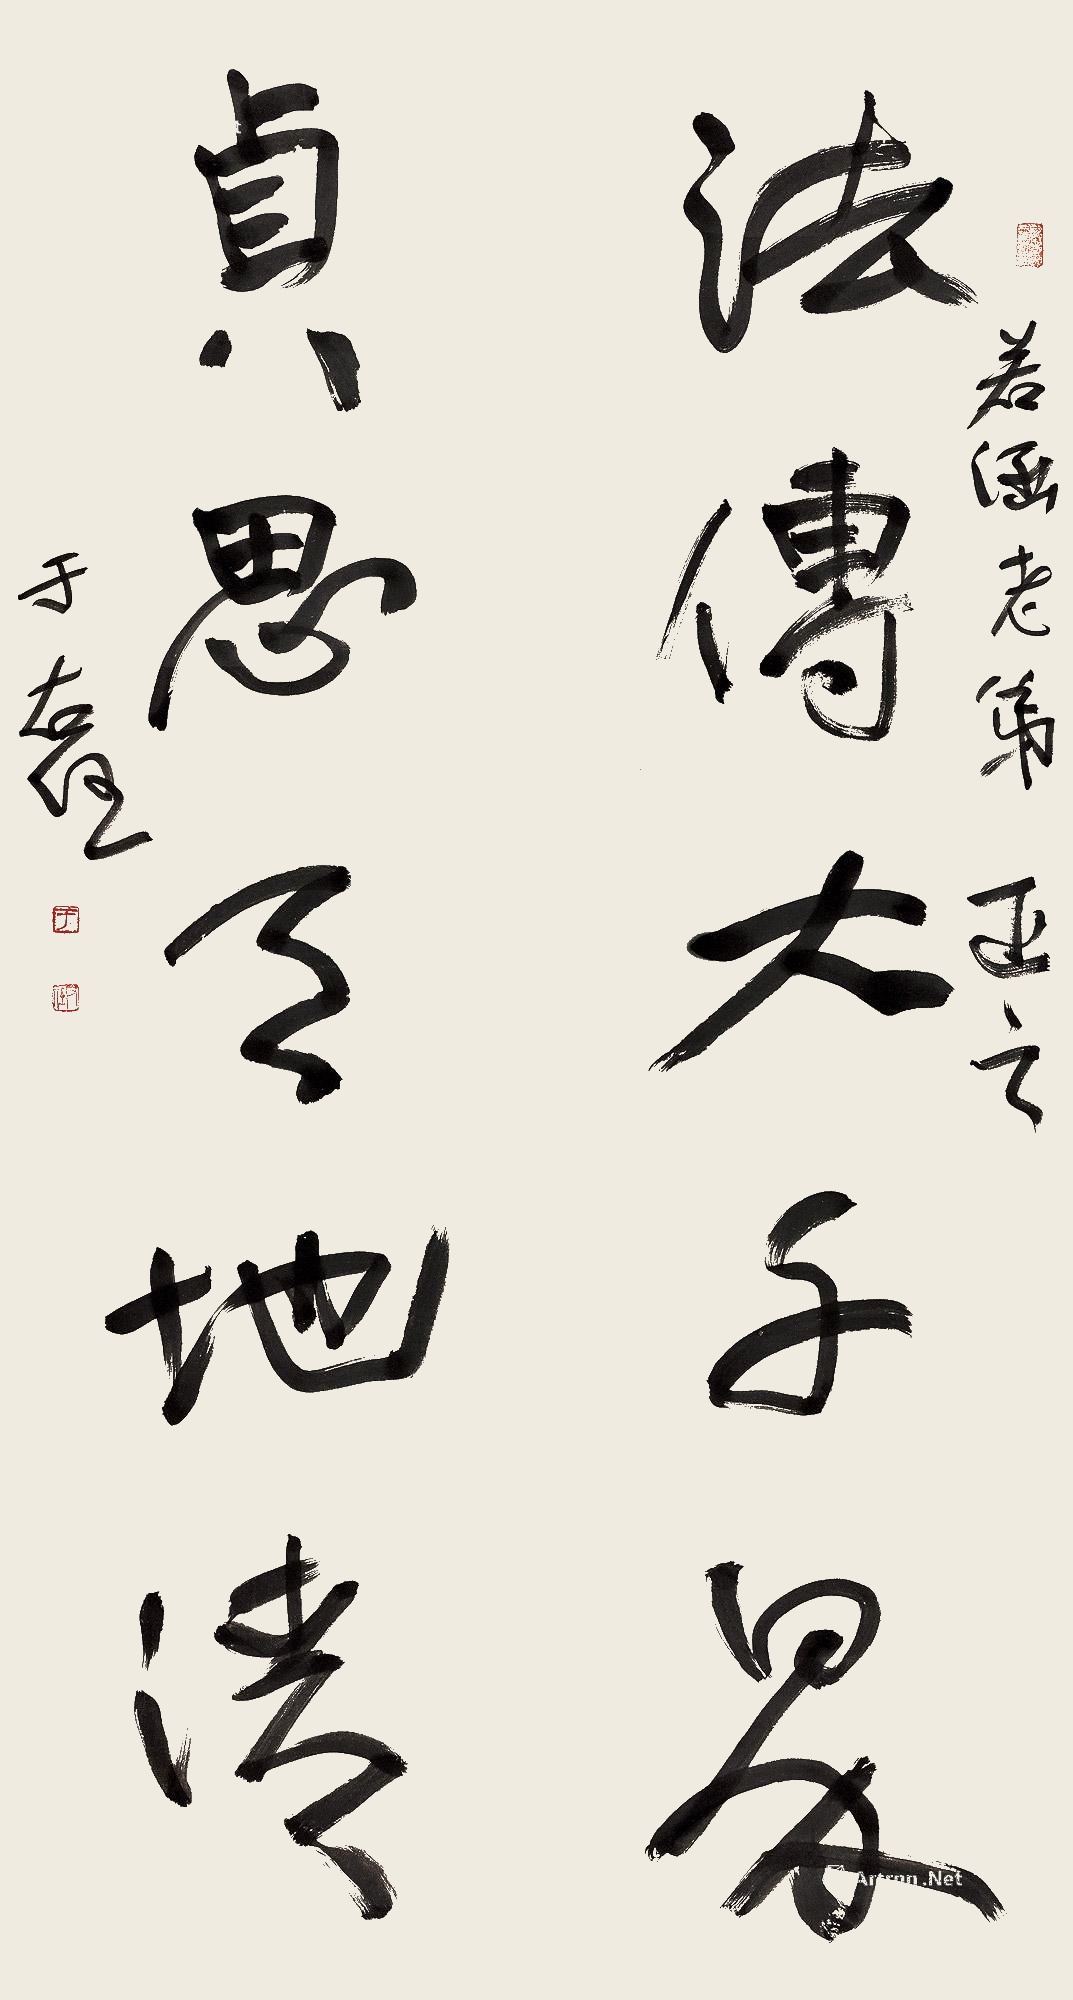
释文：法传大千界，贞思天地清。若涵老弟正之，于右任。